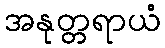
အနုတ္တရာယံ